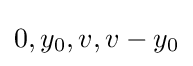
0,y_{0},v,v-y_{0}